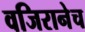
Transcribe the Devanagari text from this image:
वजिरानेच